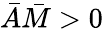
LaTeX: \bar{A}\bar{M}>0